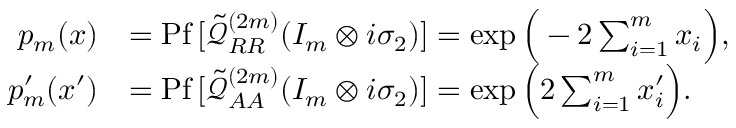
\begin{array} { r l } { p _ { m } ( x ) } & { = \mathrm { P f } \, [ \tilde { \mathcal { Q } } _ { R R } ^ { ( 2 m ) } ( I _ { m } \otimes i \sigma _ { 2 } ) ] = \exp \Big ( - 2 \sum _ { i = 1 } ^ { m } x _ { i } \Big ) , } \\ { p _ { m } ^ { \prime } ( x ^ { \prime } ) } & { = \mathrm { P f } \, [ \tilde { \mathcal { Q } } _ { A A } ^ { ( 2 m ) } ( I _ { m } \otimes i \sigma _ { 2 } ) ] = \exp \Big ( 2 \sum _ { i = 1 } ^ { m } x _ { i } ^ { \prime } \Big ) . } \end{array}